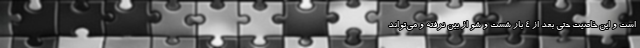
است و این خاصیت حتی بعد از ۴ بار شست و شو از بین نرفته و می‌تواند